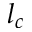
l _ { c }